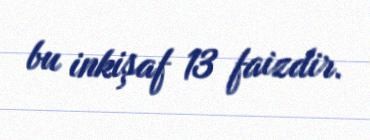
bu inkişaf 13 faizdir.